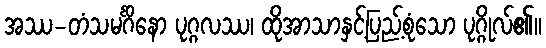
အဿ-တံသမင်္ဂိနော ပုဂ္ဂလဿ၊ ထိုအာသာနှင့်ပြည့်စုံသော ပုဂ္ဂိုလ်၏။